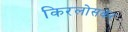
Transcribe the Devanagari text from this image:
किरलोसकर